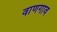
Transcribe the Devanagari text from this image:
वाणगाव